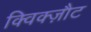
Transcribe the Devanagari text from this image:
क्विक्ज़ौट